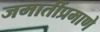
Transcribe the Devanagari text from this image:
जमातींप्रमाणे